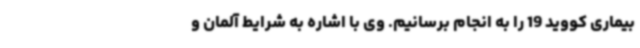
بیماری کووید 19 را به انجام برسانیم. وی با اشاره به شرایط آلمان و